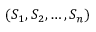
( S _ { 1 } , S _ { 2 } , \ldots , S _ { n } )